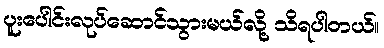
ပူးပေါင်းလုပ်ဆောင်သွားမယ်လို့ သိရပါတယ်။